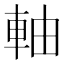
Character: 軸